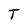
Character: T